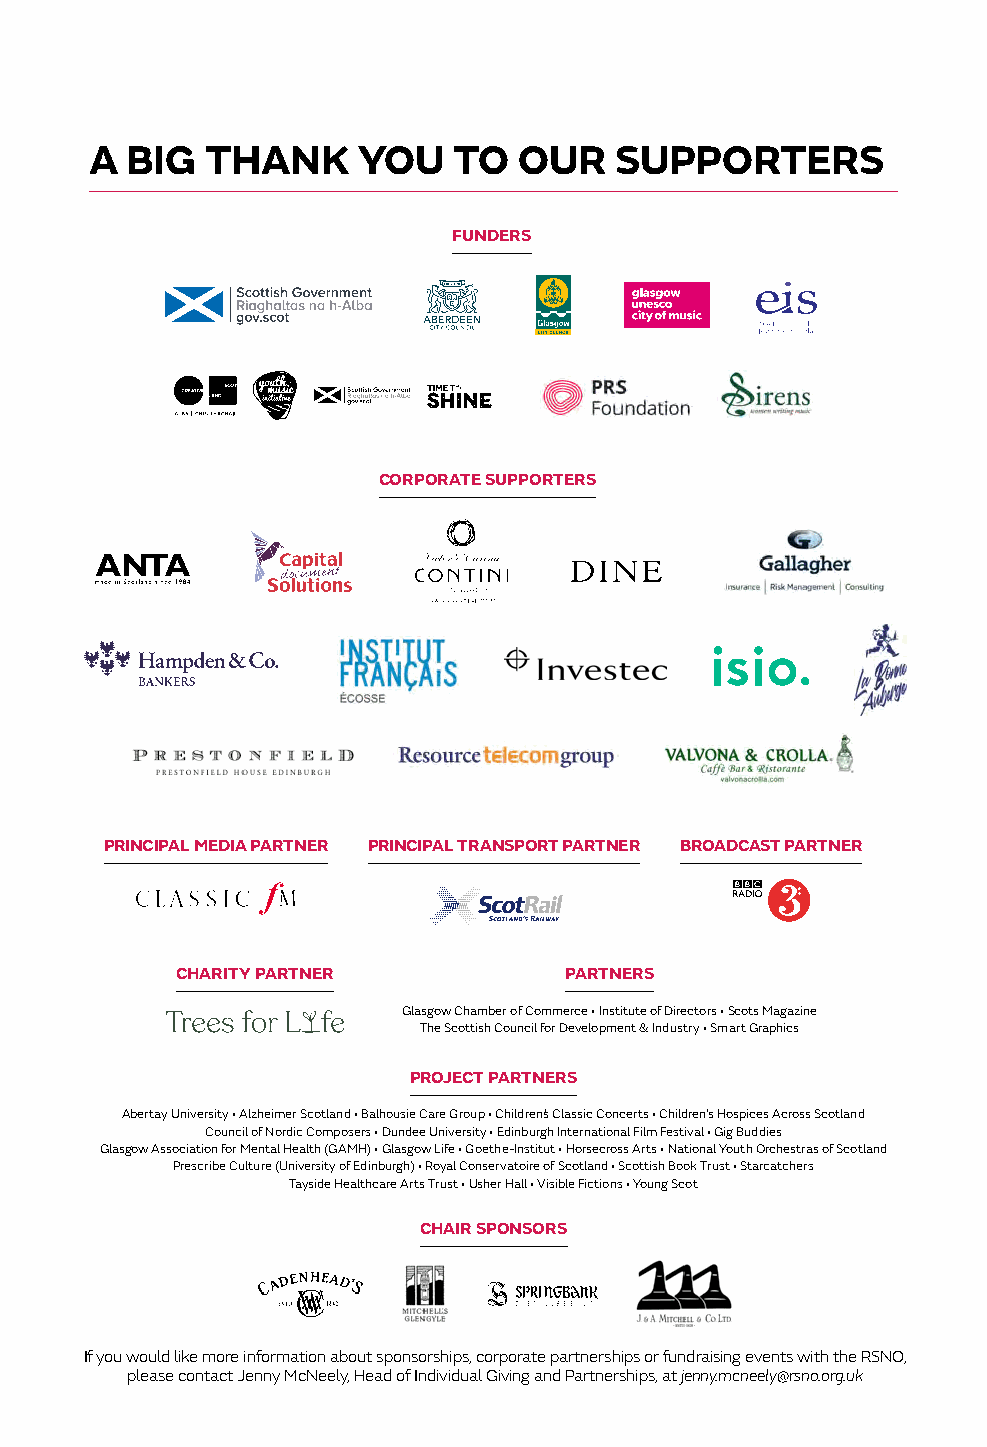
A BIG   THANK     YOU   TO  OUR    SUPPORTERS
 FUNDERS
 CCOORRPPOORRAATTEE SSUUPPPPOORRTTEERRSS
 PRINCIPAL MEDIA PARTNER PRINCIPAL TRANSPORT PARTNER BROADCAST PARTNER
 CHARITY PARTNER          PARTNERS
 Glasgow Chamber of Commerce • Institute of Directors • Scots Magazine
 The Scottish Council for Development & Industry • Smart Graphics
 PROJECT PARTNERS
 Abertay University • Alzheimer Scotland • Balhousie Care Group • Children’s Classic Concerts • Children’s Hospices Across Scotland
 Council of Nordic Composers • Dundee University • Edinburgh International Film Festival • Gig Buddies
 Glasgow Association for Mental Health (GAMH) • Glasgow Life • Goethe-Institut • Horsecross Arts • National Youth Orchestras of Scotland
 Prescribe Culture (University of Edinburgh) • Royal Conservatoire of Scotland • Scottish Book Trust • Starcatchers
 Tayside Healthcare Arts Trust • Usher Hall • Visible Fictions • Young Scot
 CHAIR SPONSORS
 If you would like more information about sponsorships, corporate partnerships or fundraising events with the RSNO,
 please contact Jenny McNeely, Head of Individual Giving and Partnerships, at jenny.mcneely@rsno.org.uk